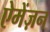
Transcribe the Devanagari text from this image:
ऐमेंज़न